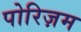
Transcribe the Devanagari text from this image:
पोरिज़म